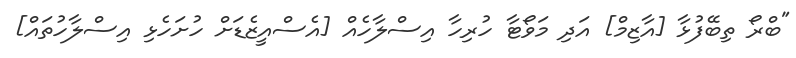
"ބްރޯ ތިބޭފުޅާ [އާޒިމް] އަދި މަވޯޓާ ހުރިހާ އިސްލާހެއް [އެސްއީޒެޑަށް ހުށަހެޅި އިސްލާހުތައް]